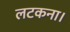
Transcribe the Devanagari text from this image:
लटकना।